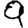
Digit: 9